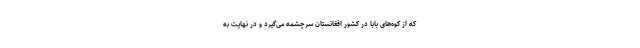
که از کوه‌های بابا در کشور افغانستان سرچشمه می‌گیرد و در نهایت به